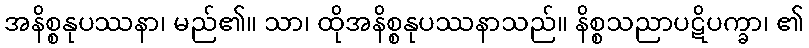
အနိစ္စနုပဿနာ၊ မည်၏။ သာ၊ ထိုအနိစ္စနုပဿနာသည်။ နိစ္စသညာပဋိပက္ခာ၊ ၏